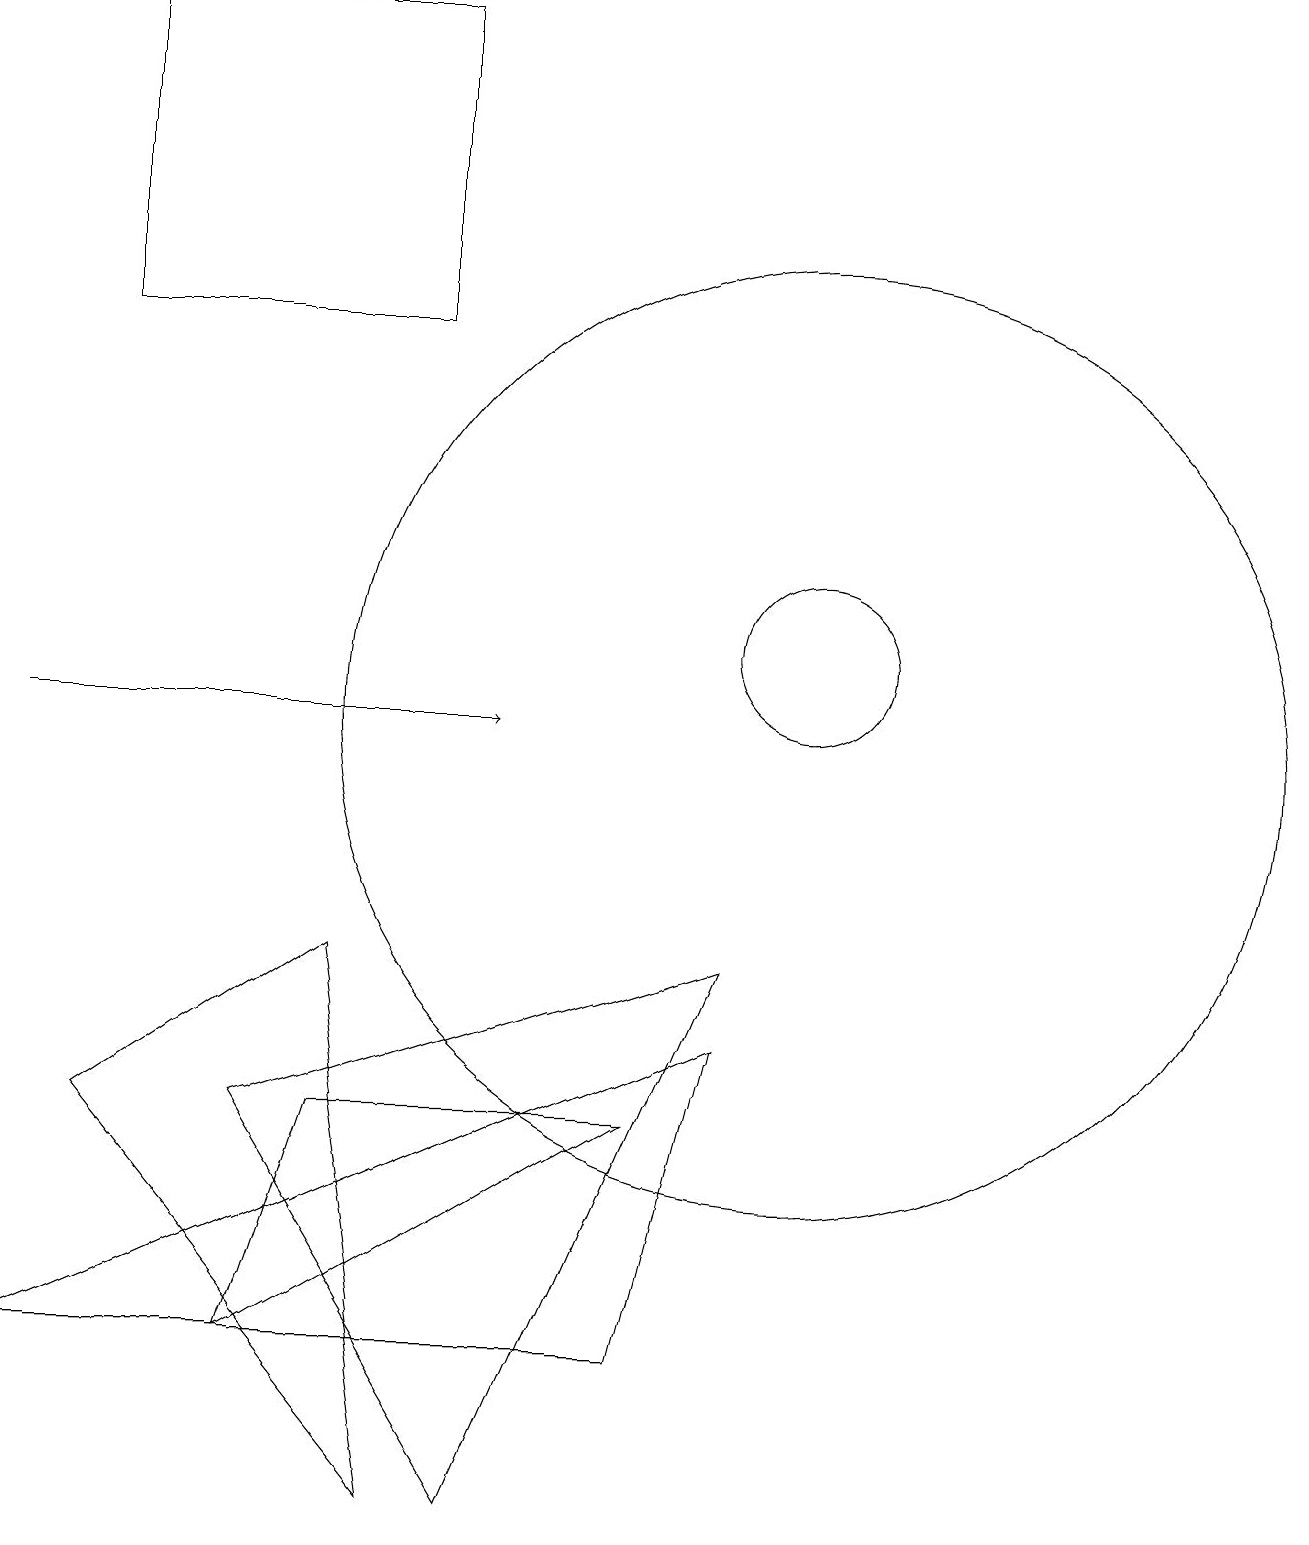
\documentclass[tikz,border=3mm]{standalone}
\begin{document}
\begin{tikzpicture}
\draw[->] (0,10) -- (6,10);
\draw (10,10) circle (6);
\draw (4,7) -- (5,0) -- (1,5) -- cycle;
\draw (9,6) -- (8,2) -- (0,2) -- cycle;
\draw (1,19) rectangle (5,15);
\draw (10,11) circle (1);
\draw (9,7) -- (6,0) -- (3,5) -- cycle;
\draw (8,5) -- (4,5) -- (3,2) -- cycle;
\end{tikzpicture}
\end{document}